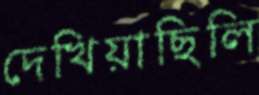
দেখিয়াছিলি